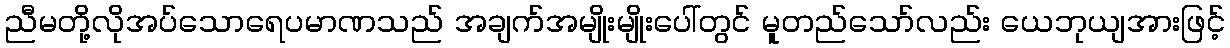
ညီမတို့လိုအပ်သောရေပမာဏသည် အချက်အမျိုးမျိုးပေါ်တွင် မူတည်သော်လည်း ယေဘုယျအားဖြင့်